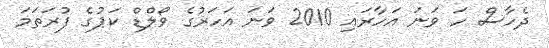
ދެހާސް ހަ ވަނަ އަހާރައި 2010 ވަނަ އަހަރުގެ ވޯލްޑް ކަޕުގެ ފުރަތަމަ